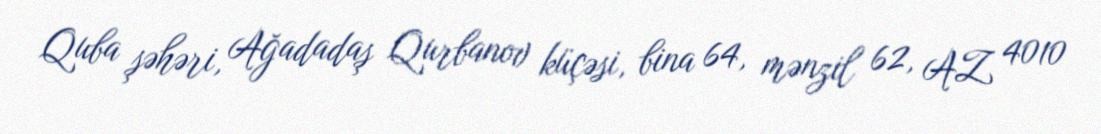
Quba şəhəri, Ağadadaş Qurbanov küçəsi, bina 64, mənzil 62, AZ 4010